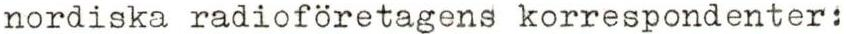
nordiska radioföretagens korrespondenter: